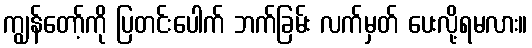
ကျွန်တော့်ကို ပြတင်းပေါက် ဘက်ခြမ်း လက်မှတ် ပေးလို့ရမလား။